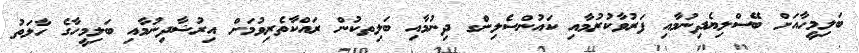
ބަލިމީހާއަށް ބޭސްލިޔެދިނުމާއި ފަރުވާކުރުމާއި ކައުންސެލިންގ ދިނުމާއި ބަލިތކުން ރައްކާތެރިވުމަށް އިރުޝާދިނުމާއި ބަލިމީހާގެ ހާލަތު